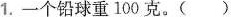
1.一个铅球重100克。()